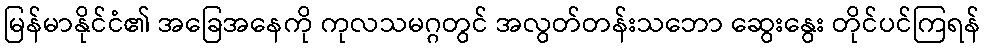
မြန်မာနိုင်ငံ၏ အခြေအနေကို ကုလသမဂ္ဂတွင် အလွတ်တန်းသဘော ဆွေးနွေး တိုင်ပင်ကြရန်